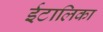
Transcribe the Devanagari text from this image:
ईटालिका